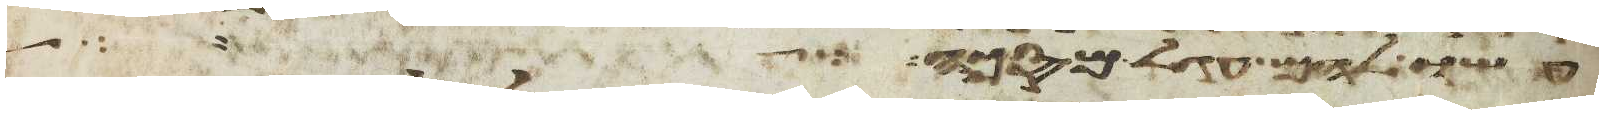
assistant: עשו להם עגל מסכה ויאמר יהוה אלי